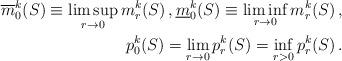
LaTeX: \begin{align*} \overline{m}^k_0 (S)\equiv \limsup_{r\to 0} m^k_r(S)\, ,\underline{m}^k_0 (S)\equiv \liminf_{r\to 0} m^k_r(S)\, ,\\ p^k_0(S)=\lim_{r\to 0}p^k_r(S)=\inf_{r>0} p^k_r(S)\, . \end{align*}